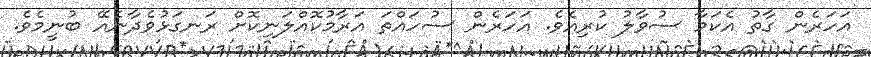
އަހަރެން ގާތު އެކަމާ ސުވާލު ކުރިއެވެ. އަހަރެން ސުހައްތަ އަރާމުކޮއްލަނިކޮށް ރަނގަޅުވެދާނެއޭ ބުނީމެވެ.